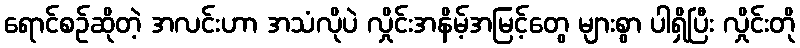
ရောင်စဉ်ဆိုတဲ့ အလင်းဟာ အသံလိုပဲ လှိုင်းအနိမ့်အမြင့်တွေ များစွာ ပါရှိပြီး လှိုင်းတို